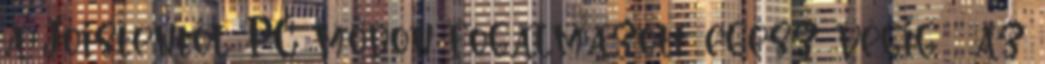
a Jóistentől PC módon fogalmazott egész végig , az